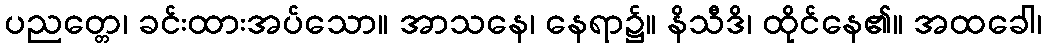
ပညတ္တေ၊ ခင်းထားအပ်သော။ အာသနေ၊ နေရာ၌။ နိသီဒိ၊ ထိုင်နေ၏။ အထခေါ၊